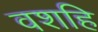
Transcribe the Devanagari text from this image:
वशहि